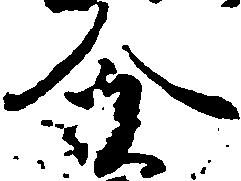
分